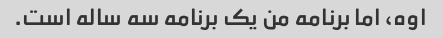
اوه، اما برنامه من یک برنامه سه ساله است.